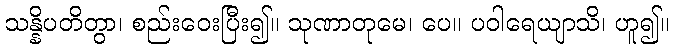
သန္နိပတိတွာ၊ စည်းဝေးပြီး၍။ သုဏာတုမေ၊ ပေ။ ပဝါရေယျာသိ၊ ဟူ၍။